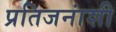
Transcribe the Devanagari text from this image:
प्रतिजनांशी